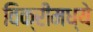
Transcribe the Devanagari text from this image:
विक्रीमध्ये